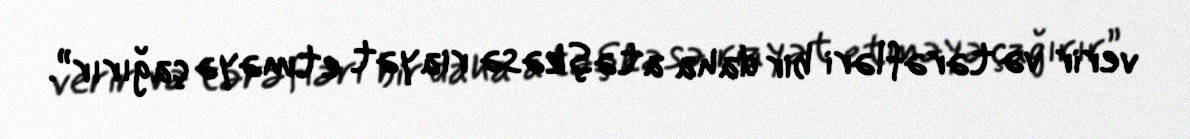
verir və tərəfləri bir daha atəşkəsə riayət etməyə çağırır”.